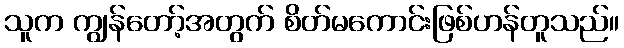
သူက ကျွန်တော့်အတွက် စိတ်မကောင်းဖြစ်ဟန်တူသည်။